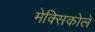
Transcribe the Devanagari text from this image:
मेक्सिकोले